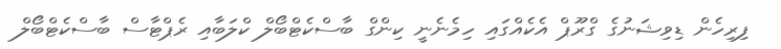
ފިރިހެން ޑިވިޝަނުގެ ގްރޫޕް އެކެއްގައި ހިމެނެނީ ކިންގް ބާސްކެޓްބޯލް ކްލަބާއި ރެޕްޓާސް ބާސްކެޓްބޯލް